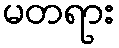
မတရား